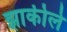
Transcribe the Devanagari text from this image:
झाकीले